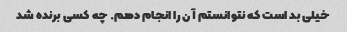
خیلی بد است که نتوانستم آن را انجام دهم. چه کسی برنده شد